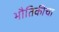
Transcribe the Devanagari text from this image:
भौतिकीचा